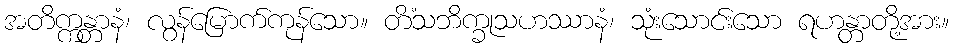
အတိက္ကန္တာနံ၊ လွန်မြောက်ကုန်သော။ တိံသဘိက္ခုသဟဿာနံ၊ သုံးသောင်းသော ရဟန္တာတို့အား။